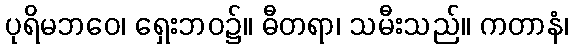
ပုရိမဘဝေ၊ ရှေးဘဝ၌။ ဓီတရာ၊ သမီးသည်။ ကတာနံ၊